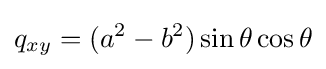
q_{xy}=(a^{2}-b^{2})\sin \theta \cos \theta